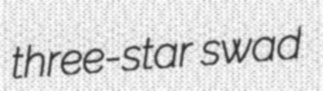
three-star swad